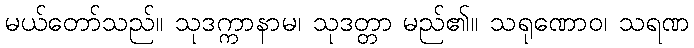
မယ်တော်သည်။ သုဒက္ကာနာမ၊ သုဒတ္တာ မည်၏။ သရုဏောဝ၊ သရဏ